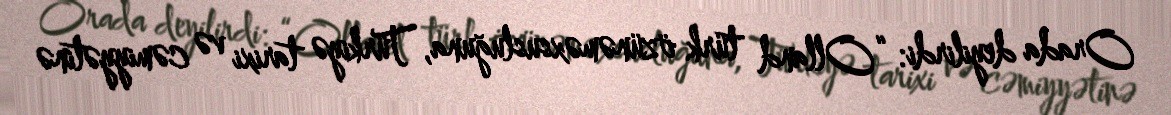
Orada deyilirdi: “Olland türk özünəməxsusluğuna, Türkiyə tarixi və cəmiyyətinə